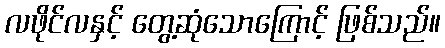
လဖိုင်လနှင့် တွေ့ဆုံသောကြောင့် ဖြစ်သည်။